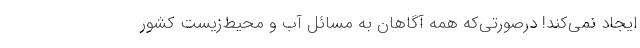
ایجاد نمی‌کند! درصورتی‌که همه آگاهان به مسائل آب و محیط‌زیست کشور